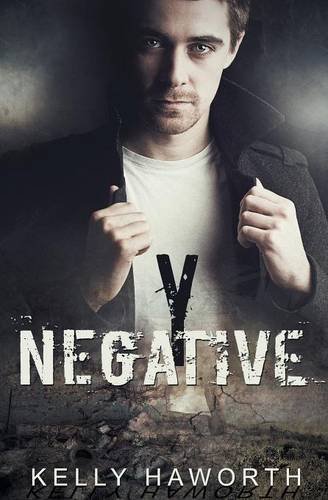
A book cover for Y Negative; Kelly Haworth; Romance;